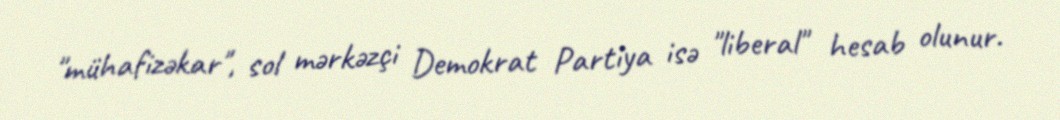
"mühafizəkar", sol mərkəzçi Demokrat Partiya isə "liberal" hesab olunur.